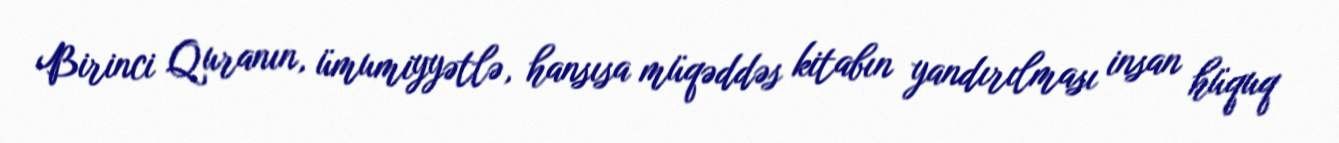
Birinci Quranın, ümumiyyətlə, hansısa müqəddəs kitabın yandırılması insan hüquq